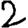
Digit: 2